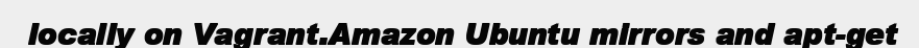
locally on Vagrant.Amazon Ubuntu mirrors and apt-get